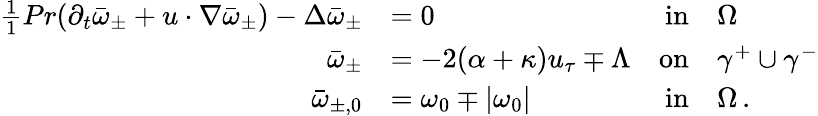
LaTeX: \begin{array}{rlrl}{\frac{1}{1}{{Pr}}(\partial_{t}\bar{\omega}_{\pm}+u\cdot\nabla\bar{\omega}_{\pm})-\Delta\bar{\omega}_{\pm}}&{=0}&{\textnormal{in}}&{\Omega}\\ {\bar{\omega}_{\pm}}&{=-2(\alpha+\kappa)u_{\tau}\mp\Lambda}&{\textnormal{on}}&{\gamma^{+}\cup\gamma^{-}}\\ {\bar{\omega}_{\pm,0}}&{=\omega_{0}\mp|\omega_{0}|}&{\textnormal{in}}&{\Omega\, .}\end{array}